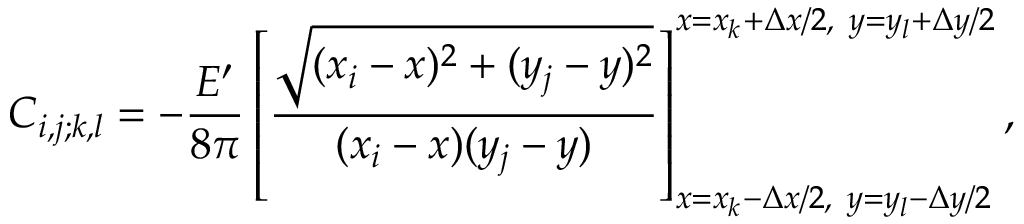
C _ { i , j ; k , l } = - \frac { E ^ { \prime } } { 8 \pi } \left[ \frac { \sqrt { ( x _ { i } - x ) ^ { 2 } + ( y _ { j } - y ) ^ { 2 } } } { ( x _ { i } - x ) ( y _ { j } - y ) } \right] _ { x = x _ { k } - \Delta x / 2 , ~ y = y _ { l } - \Delta y / 2 } ^ { x = x _ { k } + \Delta x / 2 , ~ y = y _ { l } + \Delta y / 2 } ,